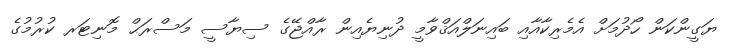
ޔަގީންކަން ހޯދުމަށް އެމެރިކާއާއި ބައިނަލްއަޤްވާމީ ދުނިޔެއިން ރާއްޖޭގެ ސިޔާސީ މަސްރަޙް މޮނިޓަރ ކުރުމުގެ